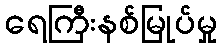
ရေကြီးနစ်မြုပ်မှု